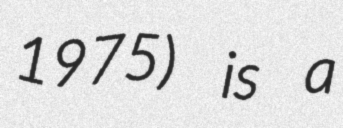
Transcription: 1975) is a